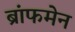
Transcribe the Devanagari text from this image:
ब्रांफमेन